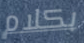
بكلام